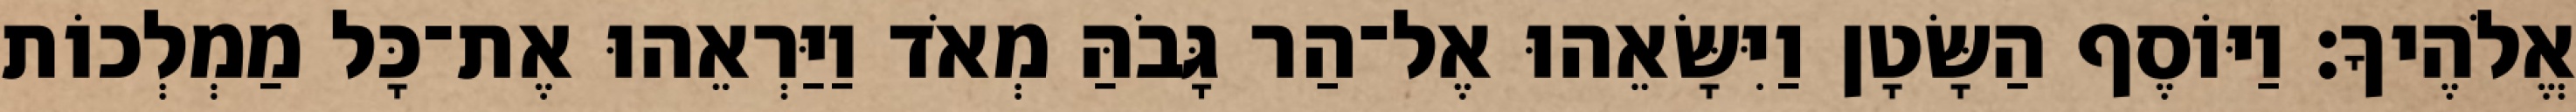
אֱלֹהֶיךָ׃ וַיּוֹסֶף הַשָּׂטָן וַיִּשָּׂאֵהוּ אֶל־הַר גָּבֹהַּ מְאֹד וַיַּרְאֵהוּ אֶת־כָּל מַמְלְכוֹת